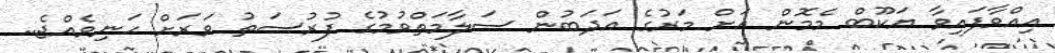
އިއްވާފައިވާ ޔަކޫބް މެމޮން އަށް މަރުގެ އަދަބުން ސަލާމަތްވުމުގެ ފުރުސަތު ވަރަށް ހަނިވެއްޖެ..